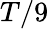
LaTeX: T/9